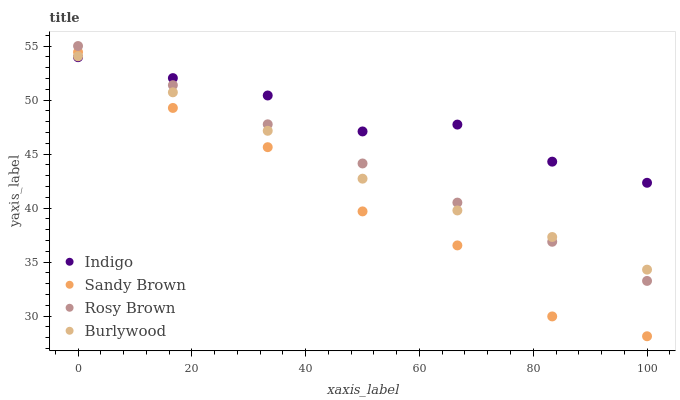
| xaxis_label | Indigo | Sandy Brown | Rosy Brown | Burlywood |
 | --- | --- | --- | --- | --- |
 | 0 | 54 | 54.4 | 55 | 54 |
 | 16.7 | 52 | 49.3 | 51.4 | 50.7 |
 | 33.3 | 50.4 | 45.6 | 47.8 | 47.2 |
 | 50 | 47.1 | 39.7 | 44.1 | 42.7 |
 | 66.7 | 47.7 | 36.5 | 40.5 | 39.8 |
 | 83.3 | 44.3 | 30 | 36.9 | 37.3 |
 | 100 | 42.3 | 28.1 | 33.3 | 34.3 |